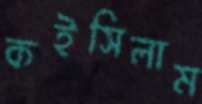
কইসিলাম